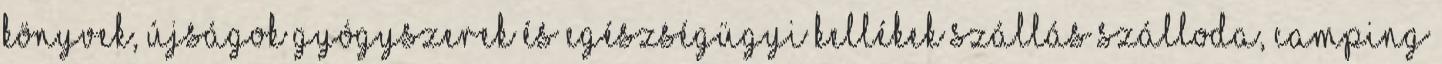
könyvek, újságok Gyógyszerek és egészségügyi kellékek Szállás Szálloda, camping